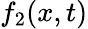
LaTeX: f_{2}(x,t)